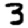
Digit: 3